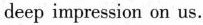
deep impression on us.